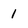
Character: 1